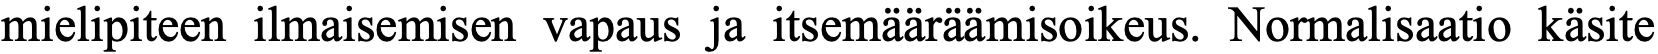
mielipiteen ilmaisemisen vapaus ja itsemääräämisoikeus. Normalisaatio käsite